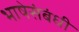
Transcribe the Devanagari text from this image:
भाषेसंबंधी